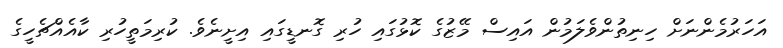
އަހަރުމެންނަށް ހިނިތުންވެލަމުން އައިސް މޭޒުގެ ކޮޅުގައި ހުރި ގޮނޑީގައި އިށީނެވެ. ކުރިމަތީހުރި ކާއެއްޗެހީގެ